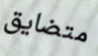
متضايق